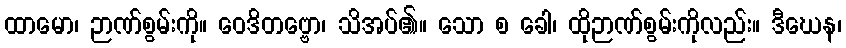
ထာမော၊ ဉာဏ်စွမ်းကို။ ဝေဒိတဗ္ဗော၊ သိအပ်၏။ သော စ ခေါ၊ ထိုဉာဏ်စွမ်းကိုလည်း။ ဒီဃေန၊